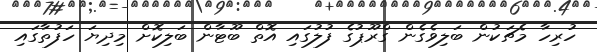
ހުރިހާ މެޗަކުން ބަލިވެގެން ގްރޫޕުގެ ފުލުގައި އޮތް ބޫޓާން ބަލިކޮށް މިދިޔަ ހަފުތާގައި